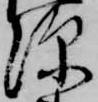
深